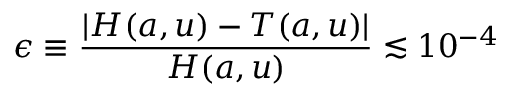
\epsilon \equiv { \frac { \vert H ( a , u ) - T ( a , u ) \vert } { H ( a , u ) } } \lesssim 1 0 ^ { - 4 }